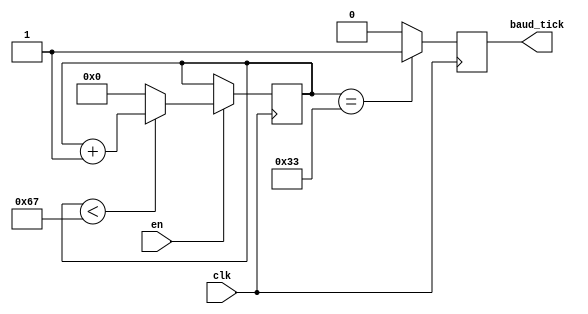
//
//    Baud Generator
//    ==============
//    Creates out of system clk, ticks in specific bauds
//
module baudgen(
                input wire clk,
                input wire en,
                output reg baud_tick
              );

parameter clk_freq = 12000000; //Default 12MHz clock
parameter baud = 115200;       //Baud speed

localparam  max_count = clk_freq/baud;         //max amount to add by counter
localparam N = $clog2(max_count);              //Calculate amount of bits for count register
localparam tick_create = (max_count >> 1) - 1; // Calculate value at counter it's in the half of its value

reg [N-1:0] counter = 0;

always @(posedge clk)
  if (en)
    counter <= (counter < max_count - 1) ? counter + 1 : 0;//Count or if it's at max, restart counting
  else
    counter <= counter; //Hold value

always @(posedge clk)
 baud_tick <= (counter == tick_create) ? 1 : 0; //Create a pulse in middle of count

endmodule